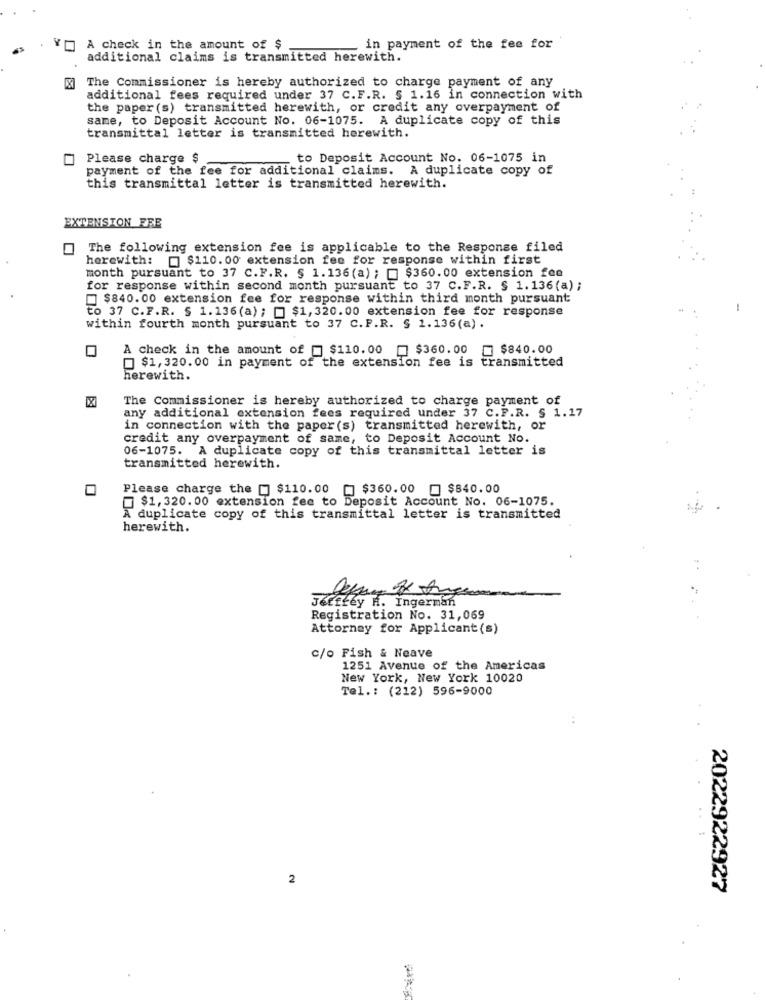
A check in the amount of $
in payment of the fee for
additional claims is transmitted herewith.
[X] The Commissioner is hereby authorized to charge payment of any
additional fees required under 37 C.F.R. § 1.16 in connection with
the paper (s) transmitted herewith, or credit any overpayment of
same, to Deposit Account No. 06-1075. A duplicate copy of this
transmittal letter is transmitted herewith.
Please charge $
to Deposit Account No. 06-1075 in
payment of the fee for additional claims. A duplicate copy of
this transmittal letter is transmitted herewith.
EXTENSION FRE
The following extension fee is applicable to the Response filed
herewith: $110. 00 extension fee for response within first
month pursuant to 37 C.F.R. § 1.136(a) ; = $360.00 extension fee
for response within second month pursuant to 37 C.F.R. § 1.136(a) ;
$840.00 extension fee for response within third month pursuant
to 37 C.F.R. § 1.136(a); [ $1,320.00 extension fee for response
within fourth month pursuant to 37 C. P.R. § 1.136(a).
A check in the amount of @ $110.00
$360.00
$840.00
$1, 320. 00 in payment of the extension fee is transmitted
herewith.
The Commissioner is hereby authorized to charge payment of
any additional extension fees required under 37 C.F.R. § 1.17
in connection with the paper (s) transmitted herewith, or
credit any overpayment of same, to Deposit Account No.
06-1075. A duplicate copy of this transmittal letter is
transmitted herewith.
0
Please charge the [ $110.00
$360.00 = $840.00
$1,320. 00 extension fee to Deposit Account No. 06-1075.
A duplicate copy of this transmittal letter is transmitted
herewith.
Jeffrey H. Ingerman
Registration No. 31,069
Attorney for Applicant (s)
c/o Fish & Neave
1251 Avenue of the Americas
New York, New York 10020
Tel .: (212) 596-9000
2
2022922927